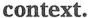
context.